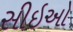
સીઇઓ